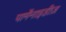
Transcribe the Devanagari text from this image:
पार्मेंनाइडीज़